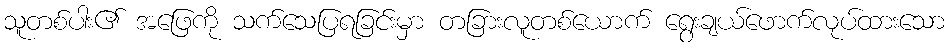
သူတစ်ပါး၏ အဖြေကို သက်သေပြရခြင်းမှာ တခြားလူတစ်ယောက် ရွေးချယ်ဖောက်လုပ်ထားသော